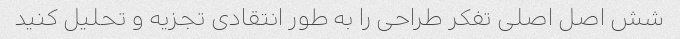
شش اصل اصلی تفکر طراحی را به طور انتقادی تجزیه و تحلیل کنید